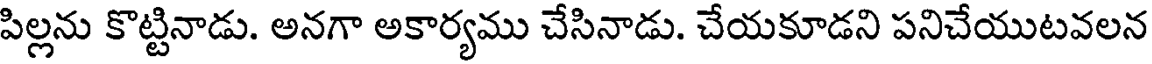
పిల్లను కొట్టినాడు. అనగా అకార్యము చేసినాడు. చేయకూడని పనిచేయుటవలన